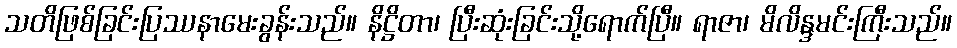
သတိဖြစ်ခြင်းပြဿနာမေးခွန်းသည်။ နိဋ္ဌိတာ၊ ပြီးဆုံးခြင်းသို့ရောက်ပြီ။ ရာဇာ၊ မိလိန္ဒမင်းကြီးသည်။